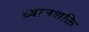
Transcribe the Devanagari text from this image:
ध्यानशक्ति